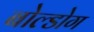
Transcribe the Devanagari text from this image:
बोल्डोग